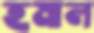
হমাল